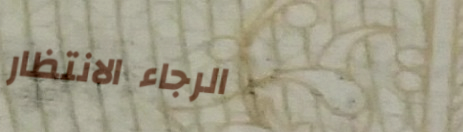
الرجاء الانتظار